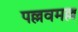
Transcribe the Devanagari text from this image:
पल्लवमल्ल